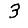
Digit: 3